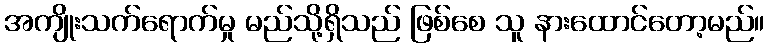
အကျိုးသက်ရောက်မှု မည်သို့ရှိသည် ဖြစ်စေ သူ နားထောင်တော့မည်။